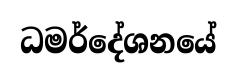
ධමර්දේශනයේ